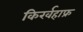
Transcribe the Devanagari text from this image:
किर्खहाफ्र